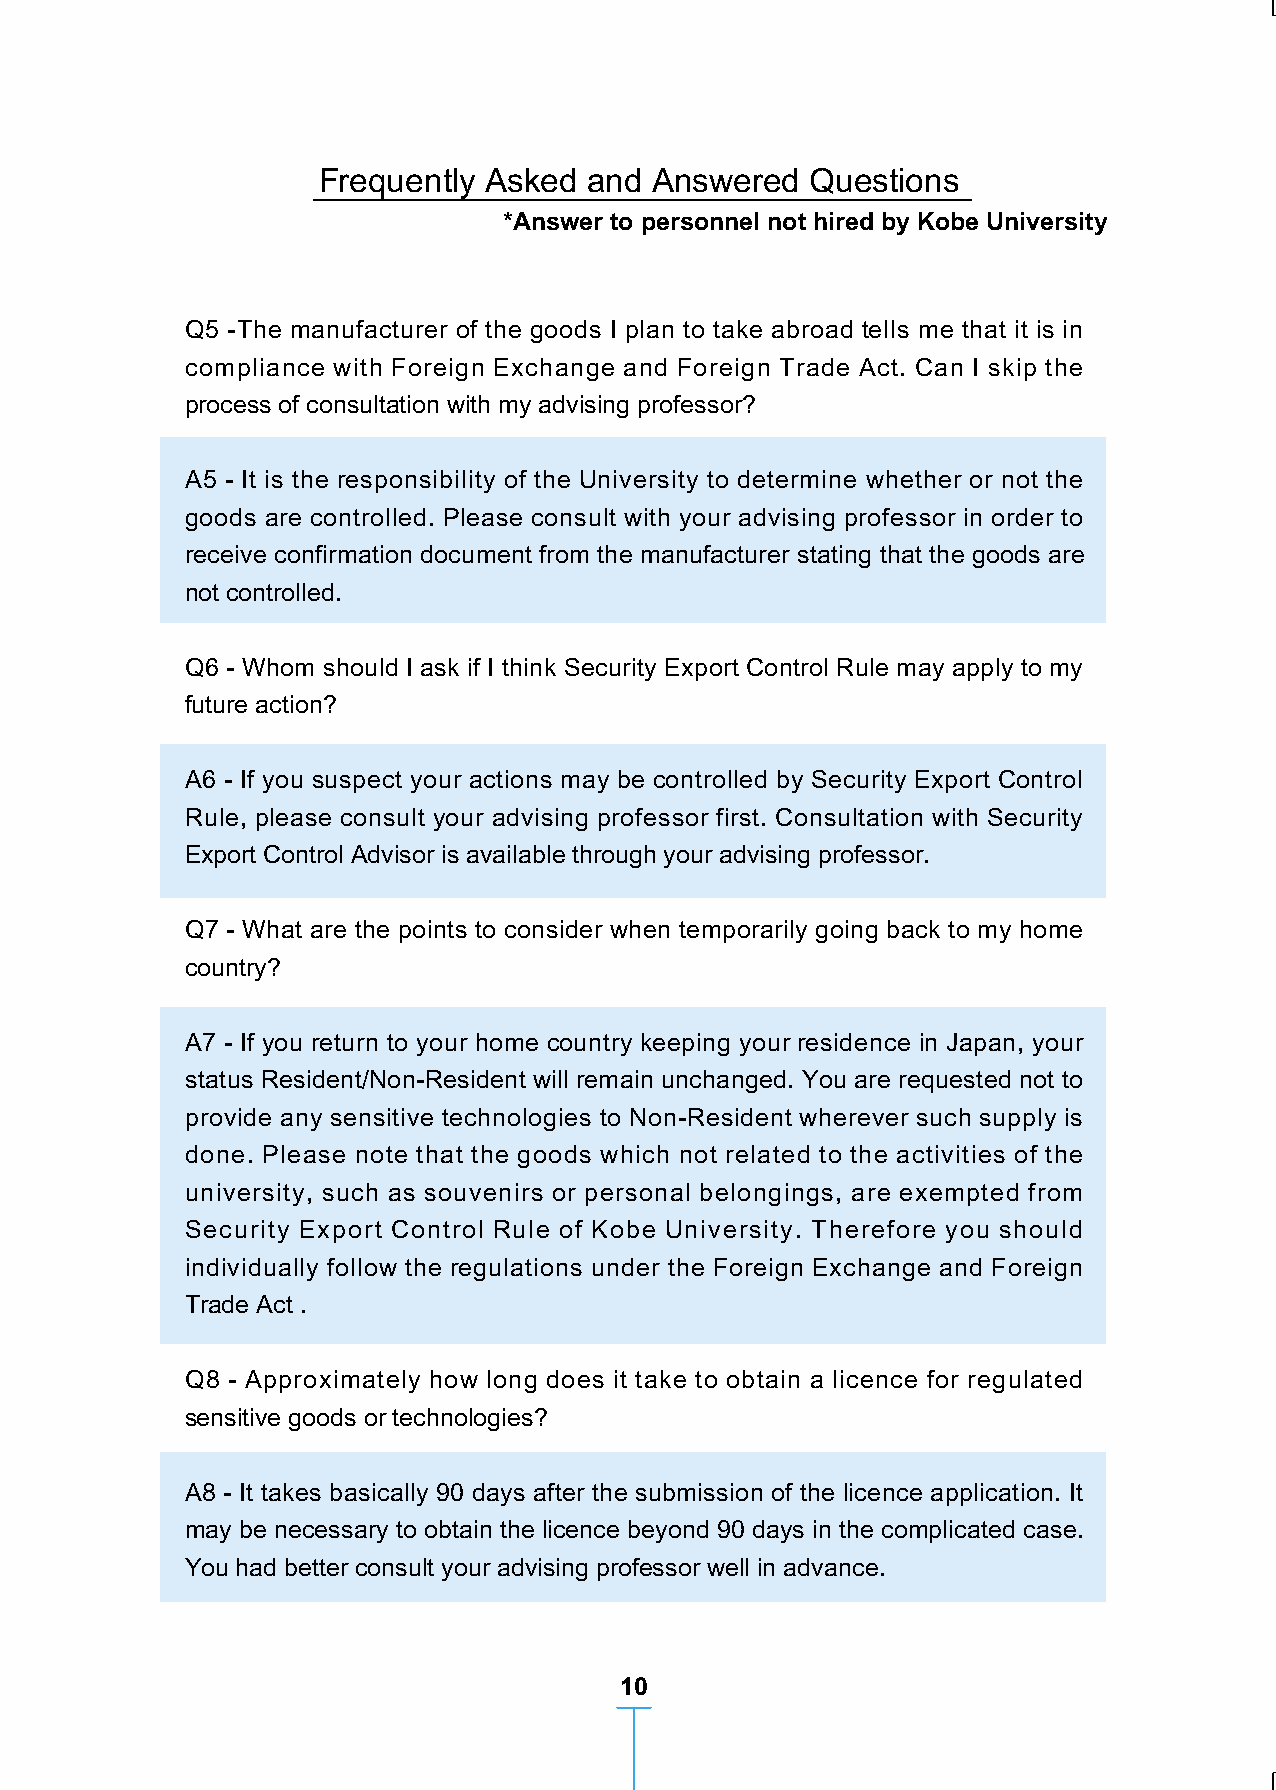
Frequently Asked and Answered Questions Frequently Asked and Answered Questions
 *Answer to personnel not hired by Kobe University *Answer to personnel not hired by Kobe University
 Q1 - What are the points to consider when taking a laptop computer or a mass Q5 -The manufacturer of the goods I plan to take abroad tells me that it is in
 storage device such as a USB abroad? compliance with Foreign Exchange and Foreign Trade Act. Can I skip the
 process of consultation with my advising professor?
 A1 - When you are only taking the laptop computer or a USB for self-use and not
 providing technologies, such actions are not regulated. However if the A5 - It is the responsibility of the University to determine whether or not the
 technologies are provided to an end-user who intends to use the technologies to goods are controlled. Please consult with your advising professor in order to
 develop WMD, you have to consult your advising professor to obtain a licence. receive confirmation document from the manufacturer stating that the goods are
 not controlled.
 Q2 - What are the points to consider when taking sensitive goods abroad?
 Q6 - Whom should I ask if I think Security Export Control Rule may apply to my
 A2 - When taking sensitive goods (trial sample, chemical substance, apparatus future action?
 and sample of bacillus/bacterium etc.) listed as Export Licence Controlled Goods
 (see page 3), a licence may be required even if there is no plan to provide them A6 - If you suspect your actions may be controlled by Security Export Control
 to anyone. Please consult with your advising professor for Prior-Check to clarify Rule, please consult your advising professor first. Consultation with Security
 whether export of such goods is controlled or not. Export Control Advisor is available through your advising professor.
 Q3 - What are the points to consider when giving a presentation at an academic Q7 - What are the points to consider when temporarily going back to my home
 conference? country?
 A3 - Academic conferences and the like, which are open to the general public, A7 - If you return to your home country keeping your residence in Japan, your
 qualify for licence exceptions. However, presentations at closed meetings and status Resident/Non-Resident will remain unchanged. You are requested not to
 personal information exchanges at receptions do not qualify for exception. provide any sensitive technologies to Non-Resident wherever such supply is
 done. Please note that the goods which not related to the activities of the
 Q4 - My research area is indicated in the List of Controlled Goods and university, such as souvenirs or personal belongings, are exempted from
 Technologies as requiring a licence. Would I need a licence to send a related Security Export Control Rule of Kobe University. Therefore you should
 scientific information by e-mail or telephone conversation to my colleague in my individually follow the regulations under the Foreign Exchange and Foreign
 home institution? Trade Act .
 A4 - Yes. Transmitting regulated technologies by e-mail, websites or phone to Q8 - Approximately how long does it take to obtain a licence for regulated
 Non-Resident may require a licence. Please consult with your advising professor sensitive goods or technologies?
 for further procedure.
 A8 - It takes basically 90 days after the submission of the licence application. It
 may be necessary to obtain the licence beyond 90 days in the complicated case.
 You had better consult your advising professor well in advance.
 9                                        10